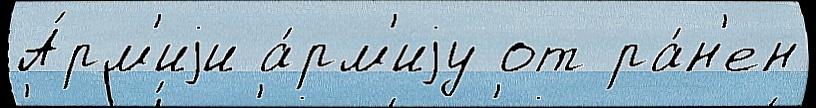
А́рм'иjи а́рм'иjу от ра́н'ен